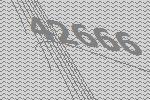
42666